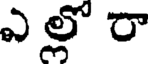
ఎ ల్లో రా